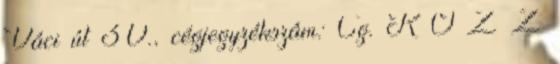
Váci út 30., cégjegyzékszám: Cg. K Ö Z Z